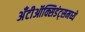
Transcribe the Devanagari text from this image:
अँटीऑक्सिडंट्समध्ये